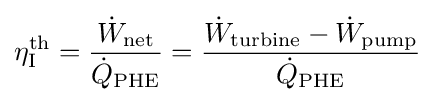
\eta _{\text{I}}^{\text{th}}={\frac {{\dot {W}}_{\text{net}}}{{\dot {Q}}_{\text{PHE}}}}={\frac {{\dot {W}}_{\text{turbine}}-{\dot {W}}_{\text{pump}}}{{\dot {Q}}_{\text{PHE}}}}